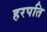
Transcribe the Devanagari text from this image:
हरपति